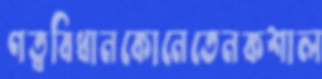
ণত্ববিধানকোনেতেনকশাল